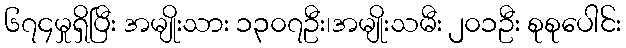
၆၇၄မှုရှိပြီး အမျိုးသား ၁၃၀၇ဦး၊အမျိုးသမီး ၂၀၁ဦး စုစုပေါင်း